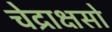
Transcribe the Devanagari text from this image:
चेद्राक्षसो